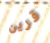
قرين